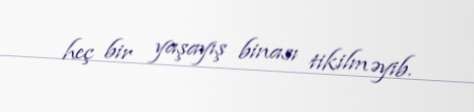
heç bir yaşayış binası tikilməyib.